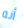
أنه